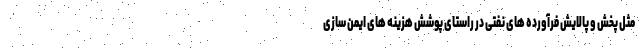
مثل پخش و پالایش فرآورده های نفتی در راستای پوشش هزینه های ایمن سازی